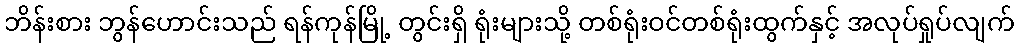
ဘိန်းစား ဘွန်ဟောင်းသည် ရန်ကုန်မြို့ တွင်းရှိ ရုံးများသို့ တစ်ရုံးဝင်တစ်ရုံးထွက်နှင့် အလုပ်ရှုပ်လျက်